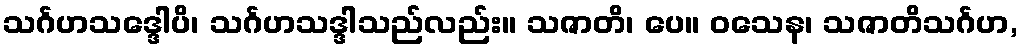
သင်္ဂဟသဒ္ဒေါပိ၊ သင်္ဂဟသဒ္ဒါသည်လည်း။ သဇာတိ၊ ပေ။ ဝသေန၊ သဇာတိသင်္ဂဟ,